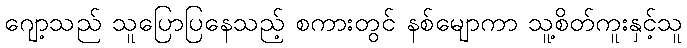
ဂျော့သည် သူပြောပြနေသည့် စကားတွင် နစ်မျောကာ သူ့စိတ်ကူးနှင့်သူ